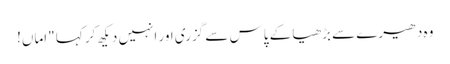
وہ دھیرے سے بڑھیا کے پاس سے گزری اور انہیں دیکھ کر کہا "اماں!